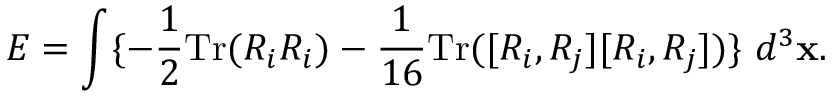
E = \int \{ - \frac { 1 } { 2 } \mathrm { T r } ( R _ { i } R _ { i } ) - \frac { 1 } { 1 6 } \mathrm { T r } ( [ R _ { i } , R _ { j } ] [ R _ { i } , R _ { j } ] ) \} \ d ^ { 3 } { \bf x } .